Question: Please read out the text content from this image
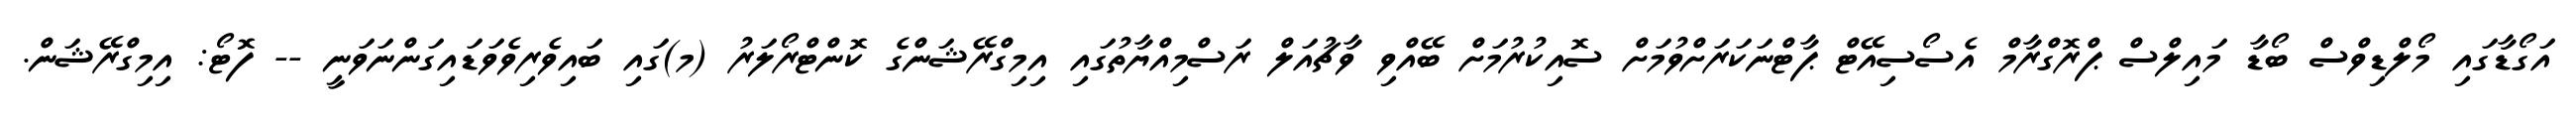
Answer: އަގޯޑާގައި މޯލްޑިވްސް ބޯޑާ މައިލްސް ޕްރޮގްރާމް އެސޯސިއޭޓް ޕާޓްނަކަރަށްވުމަށް ސޮއިކުރުމަށް ބޭއްވި ވާޗުއަލް ރަސްމިއްޔާތުގައި އިމިގްރޭޝަންގެ ކޮންޓްރޯލަރު (މ)ގައި ބައިވެރިވެވަޑައިގަންނަވަނީ -- ފޮޓޯ: އިމިގްރޭޝަން.